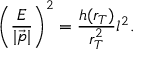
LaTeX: \left( \frac { E } { | \vec { p } | } \right) ^ { 2 } = \frac { h ( r _ { T } ) } { r _ { T } ^ { 2 } } l ^ { 2 } .